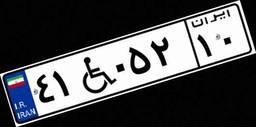
۳۱W۰۰۷۴۹